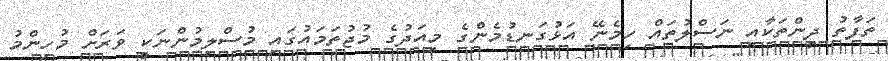
ތަފާތު ދީންތަކާއި ނަސްލުތައް ހިމެނޭ އަޅުގަނޑުމެންގެ މިއަދުގެ މުޖުތަމައުގައި މުސްލިމުންނަކީ ވަރަށް މުހިންމު